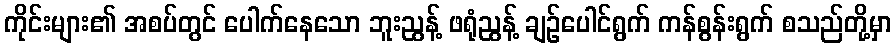
ကိုင်းများ၏ အစပ်တွင် ပေါက်နေသော ဘူးညွန့် ဖရုံညွန့် ချဉ်ပေါင်ရွက် ကန်စွန်းရွက် စသည်တို့မှာ